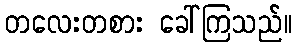
တလေးတစား ခေါ်ကြသည်။